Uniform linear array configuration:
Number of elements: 32
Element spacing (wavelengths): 0.25
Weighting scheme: exponential
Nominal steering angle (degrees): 60
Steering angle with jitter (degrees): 59.432
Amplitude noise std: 0.05
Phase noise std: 0.05

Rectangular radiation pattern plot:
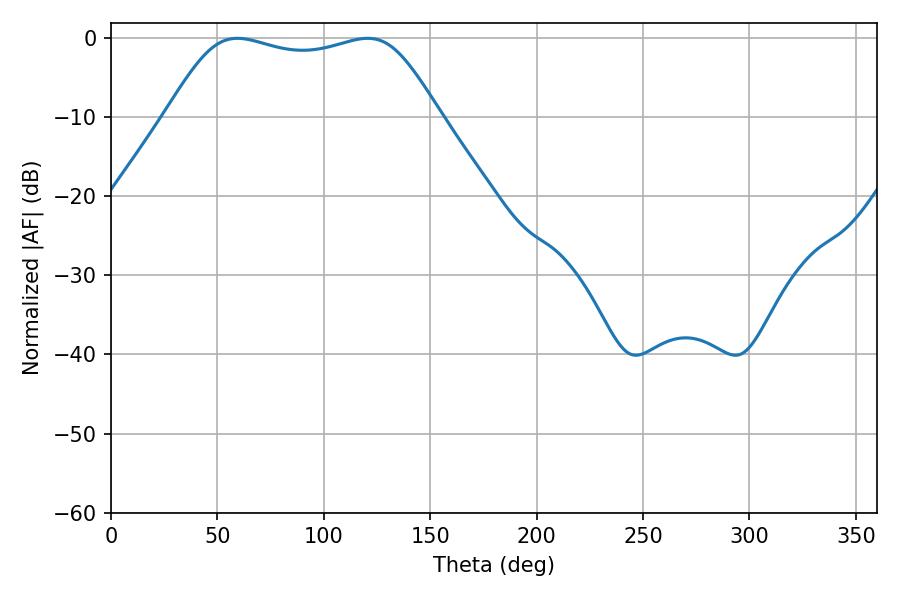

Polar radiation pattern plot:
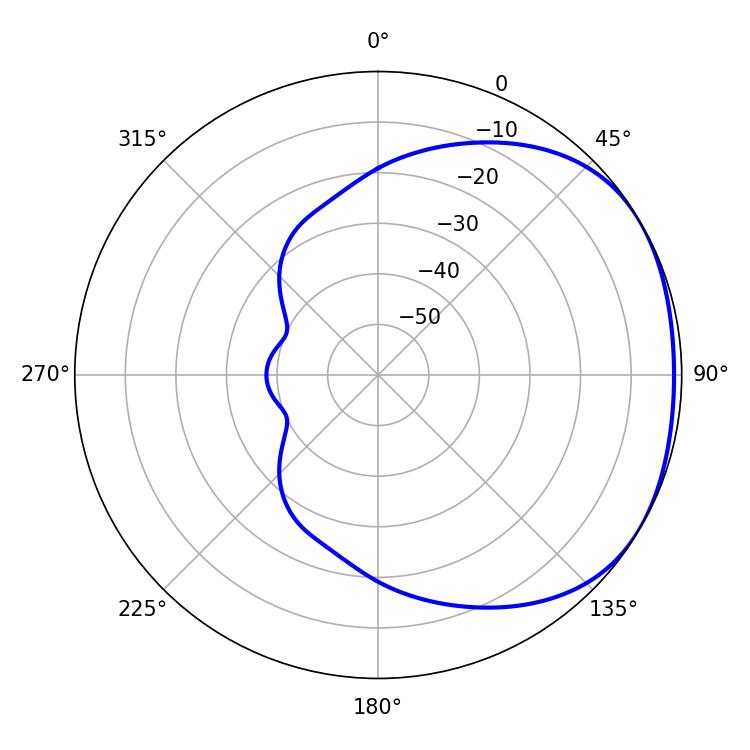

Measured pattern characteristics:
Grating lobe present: FALSE
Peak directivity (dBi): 1.709
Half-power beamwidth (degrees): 97.92
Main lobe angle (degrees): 59.4